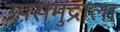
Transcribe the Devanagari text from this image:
उपसमुद्राला